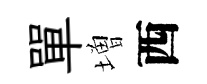
單増西